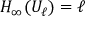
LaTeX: H _ { \infty } ( U _ { \ell } ) = \ell